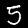
Label: 5